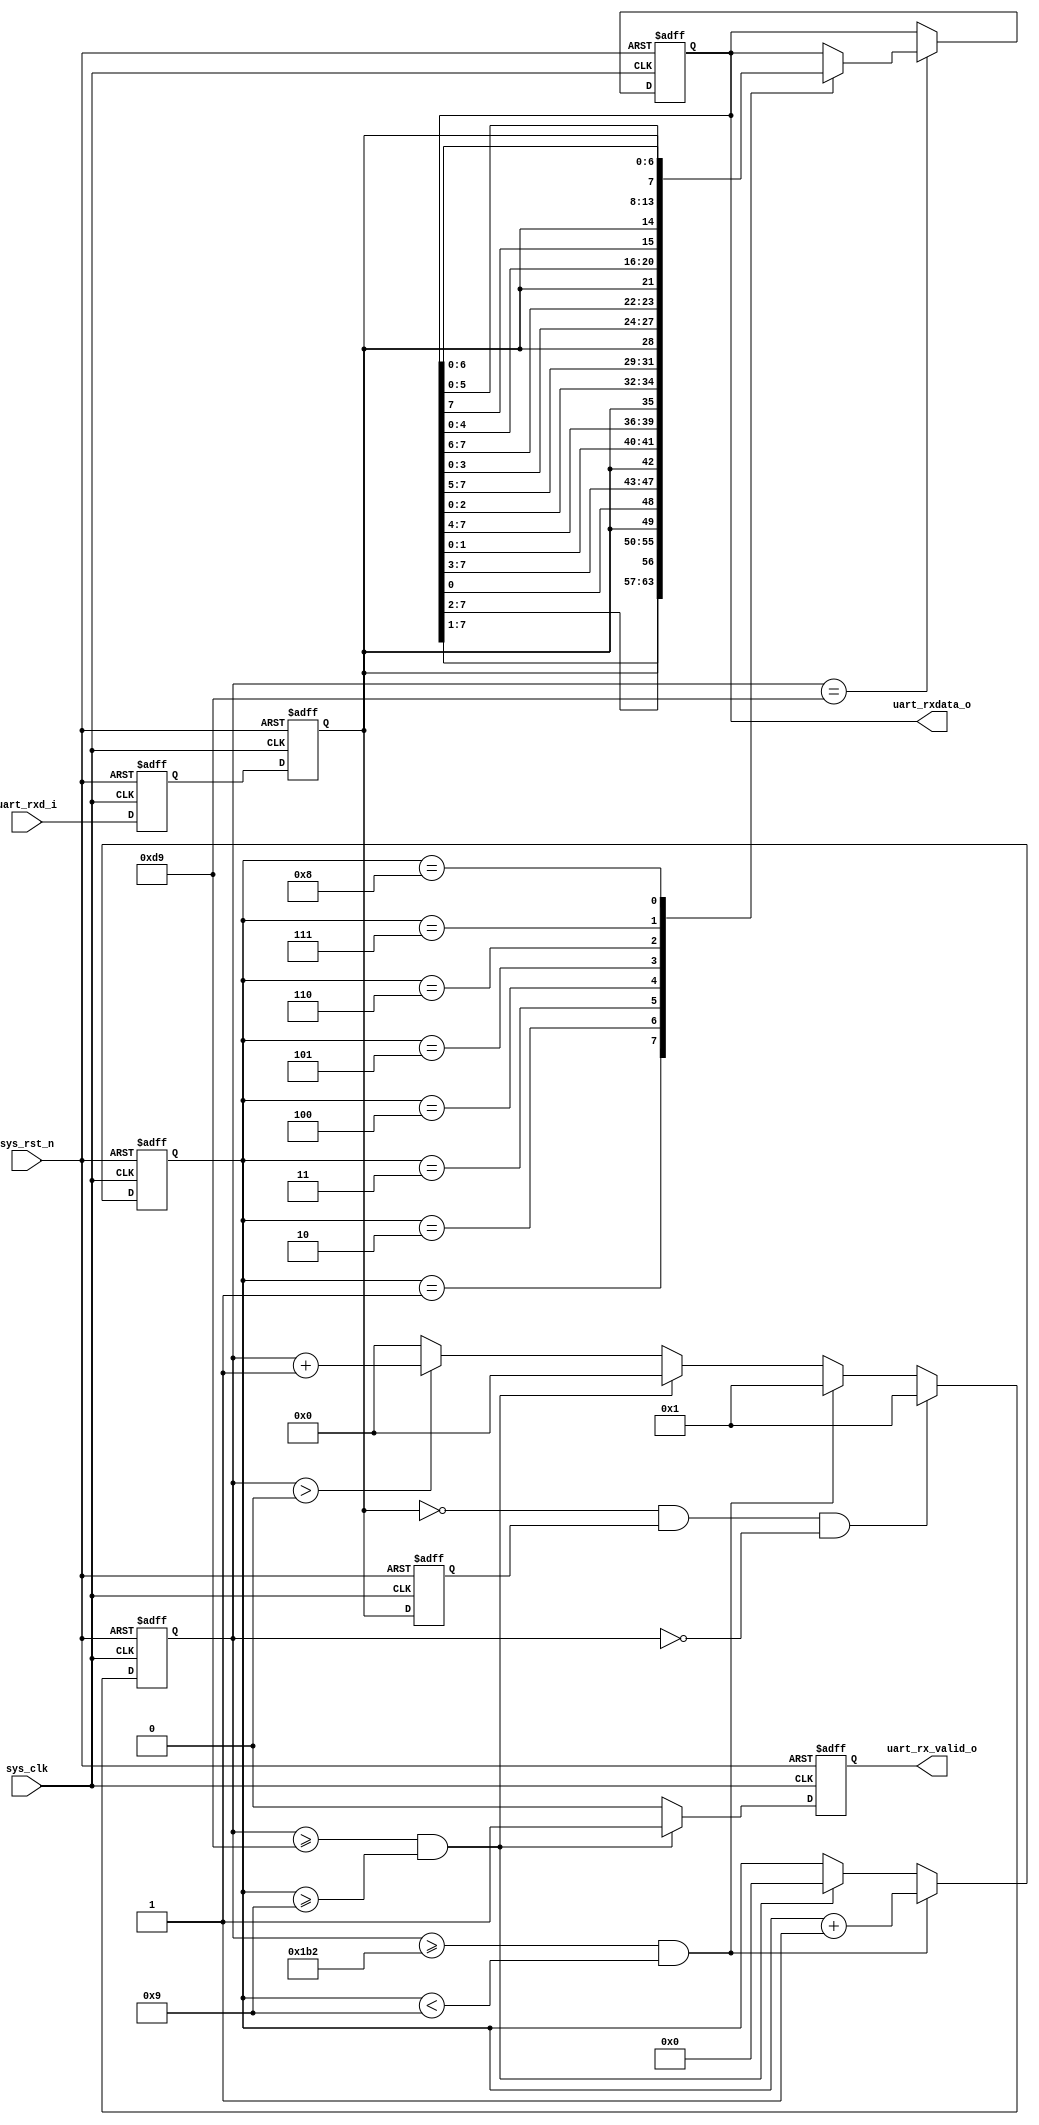
//////////////////////////////////////////////////////////////////////////////////
// Company: 
// 
// Design Name: 
// Module Name:    uart_rx
// Project Name: 
// Target Devices: 
// Tool versions: 
// Description: uart receiving data module
//
// Dependencies: 
//
// Revision: 
// Revision 1.00 - File Completed 14:51 05/29/2023 
// Additional Comments: 
//
//////////////////////////////////////////////////////////////////////////////////

module uart_rx (
	input	wire								sys_clk,
	input	wire								sys_rst_n,
	input	wire								uart_rxd_i,				// input from board
	output	reg									uart_rx_valid_o,
	output	reg		[7:0]						uart_rxdata_o
);
	parameter		CLK_FREQ					= 'd50_000_000;
	parameter		BPS							= 'd115200;
	localparam		COUNT						= CLK_FREQ / BPS;
	localparam		HALF_COUNT					= COUNT / 2;
	
	reg											uart_rxd_i_d1;
	reg											uart_rxd;
	reg											uart_rxd_d1;
	reg		[15:0]								cnt_bps;
	reg		[3:0]								cnt_data;				// 0: start, 1~8: data, 9: stop

always @ ( posedge sys_clk or negedge sys_rst_n ) begin
	if ( !sys_rst_n ) begin
		uart_rxd_i_d1 <= 1'b1;
		uart_rxd <= 1'b1;
		uart_rxd_d1 <= 1'b1;
	end else begin
		uart_rxd_i_d1 <= uart_rxd_i;
		uart_rxd <= uart_rxd_i_d1;
		uart_rxd_d1 <= uart_rxd;
	end
end

always @ ( posedge sys_clk or negedge sys_rst_n ) begin
	if ( !sys_rst_n ) begin
		cnt_bps <= 16'd0;
	end else if ( !uart_rxd && uart_rxd_d1 && cnt_bps == 0 ) begin		// start bit
		cnt_bps <= 16'd1;
	end else if ( cnt_bps >= COUNT && cnt_data < 'd9 ) begin
		cnt_bps <= 16'd1;
	end else if ( cnt_bps >= HALF_COUNT && cnt_data >= 'd9 ) begin		// stop bit, stop earlier in case of freqency deviation
		cnt_bps <= 16'd0;
	end else if ( cnt_bps > 0 ) begin
		cnt_bps <= cnt_bps + 16'd1;
	end else begin														// idle bus
		cnt_bps <= 16'd0;
	end
end

always @ ( posedge sys_clk or negedge sys_rst_n ) begin
	if ( !sys_rst_n ) begin
		cnt_data <= 4'd0;
	end else if ( cnt_bps >= COUNT && cnt_data < 'd9 ) begin
		cnt_data <= cnt_data + 4'd1;
	end else if ( cnt_bps >= HALF_COUNT && cnt_data >= 'd9 ) begin
		cnt_data <= 4'd0;
	end else begin
		cnt_data <= cnt_data;
	end
end

always @ ( posedge sys_clk or negedge sys_rst_n ) begin
	if ( !sys_rst_n ) begin
		uart_rxdata_o <= 8'h0;
	end else if ( cnt_bps == HALF_COUNT ) begin
		case ( cnt_data )
			'd1: uart_rxdata_o <= { uart_rxdata_o[7:1], uart_rxd };
			'd2: uart_rxdata_o <= { uart_rxdata_o[7:2], uart_rxd, uart_rxdata_o[0] };
			'd3: uart_rxdata_o <= { uart_rxdata_o[7:3], uart_rxd, uart_rxdata_o[1:0] };
			'd4: uart_rxdata_o <= { uart_rxdata_o[7:4], uart_rxd, uart_rxdata_o[2:0] };
			'd5: uart_rxdata_o <= { uart_rxdata_o[7:5], uart_rxd, uart_rxdata_o[3:0] };
			'd6: uart_rxdata_o <= { uart_rxdata_o[7:6], uart_rxd, uart_rxdata_o[4:0] };
			'd7: uart_rxdata_o <= { uart_rxdata_o[7], uart_rxd, uart_rxdata_o[5:0] };
			'd8: uart_rxdata_o <= { uart_rxd, uart_rxdata_o[6:0] };
			default: uart_rxdata_o <= uart_rxdata_o;
		endcase
	end else begin
		uart_rxdata_o <= uart_rxdata_o;
	end
end

always @ ( posedge sys_clk or negedge sys_rst_n ) begin
	if ( !sys_rst_n ) begin
		uart_rx_valid_o <= 1'b0;
	end else if ( cnt_bps >= HALF_COUNT && cnt_data >= 'd9 ) begin		// sending data at the stop bit 
		uart_rx_valid_o <= 1'b1;
	end else begin
		uart_rx_valid_o <= 1'b0;
	end
end

endmodule